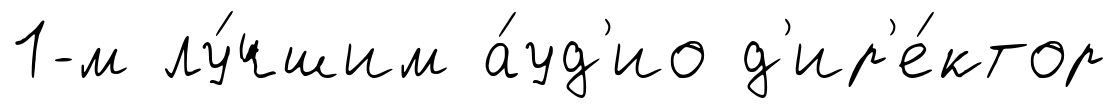
1-м лу́чшим а́уд'ио д'ир'е́ктор